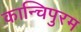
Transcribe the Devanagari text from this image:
कान्चिपुरम